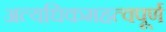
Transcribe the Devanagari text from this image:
अत्यधिकमहत्वपूर्ण